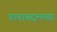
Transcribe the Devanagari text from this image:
गावाबद्दलच्या